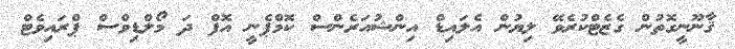
ޤާނޫނީގޮތުން ގެޒެޓްކުރެވޭ ލިޔުން އެލައިޑް އިންޝުއަރެންސް ކޮމްޕެނީ އޮފް ދަ މޯލްޑިވްސް ޕްރައިވެޓް